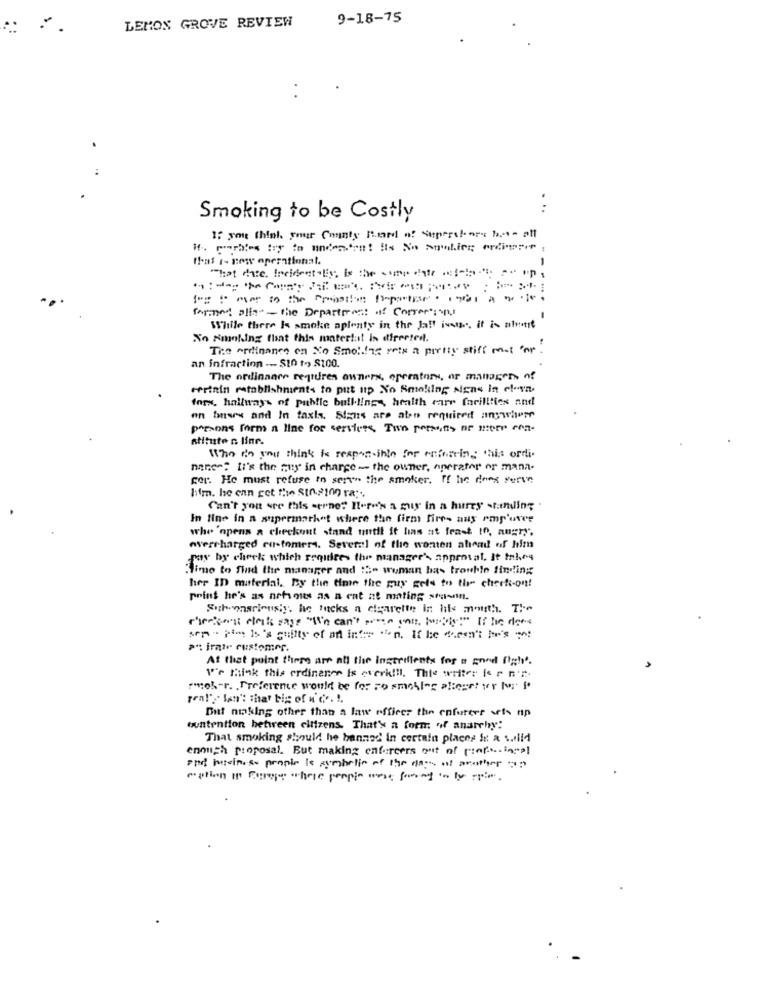
9-18-75
.
LEMON GROVE REVIEW
. ..
Smoking to be Costly
M. morales try to undestent is No spoldes ordine
that 1- now operational.
1
"That date, IncidentEs Is the same date os !! ": " ",
..
formed alla-the Department of Correr:p
While there Is smoke aplenty in the Jaff ivety, it is ahvert
No Smoking that this material is directed.
The ordinance en No Smoking reis a pretty stiff mat for.
an infraction -- $10 1-> $100.
The ordinance requires owners, operators, or managers of
cerinin ratablishment- to put utp No Smoking signs in el-rn
forx, hallways of public buildings health care facilities and
on tuees and In taxis. Stans are abo required anywhere
parsons form a line for services. Two persons or sters con-
stitute n line.
Who do you think be responsible for enforcing this ordi-
nane : Ii's the muy in charge - the owner, operator or mana-
For. He must refuse in sere" the smoker. If he does serve
him. he can get the Singing ra ;.
Can't you vre this cerne? Here's a guy in a hurry standing
In fine in a supermarket where the firm fire- aus rmp'uvce
who opens a checkout stand mutll it has at least to, angry.
overcharged customers. Several of the women abend of him
pay by check which requires the manager's approval. It takes
Time to find the manager and :2- woman has trouble finding
her ID material, By the time the guy gets to the check-ont
print he's as achvous as a cat at mating season.
Sub-onsriousiy, he tucks a cigarette in hits month. The
therings deits sage "I'm can't preen con, torby:" If he does
sem . pim is's cupity of an inter con. If he doesn't he's
"" irate customer.
At that point there are all the ingeriflents for a gond figh'.
V''r think this ordinenon is everk !! l. Thie writer for nr.
"moh-r. , Preference would be for zo smoking alieget ver Mu' P
pral"" lan': that big of i'd .. !.
But nicking other than a law officer the enforces sets up
buntention between citizens. That's a form of anarchy:
That smoking should be banned in certain places in a ... lid
enough proposal. But making enforcers out of prof.ingpl
and business propie ls symbolic of the de af acother7